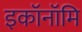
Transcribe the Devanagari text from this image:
इकॉनॉमि